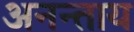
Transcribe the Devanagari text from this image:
अनन्ताय